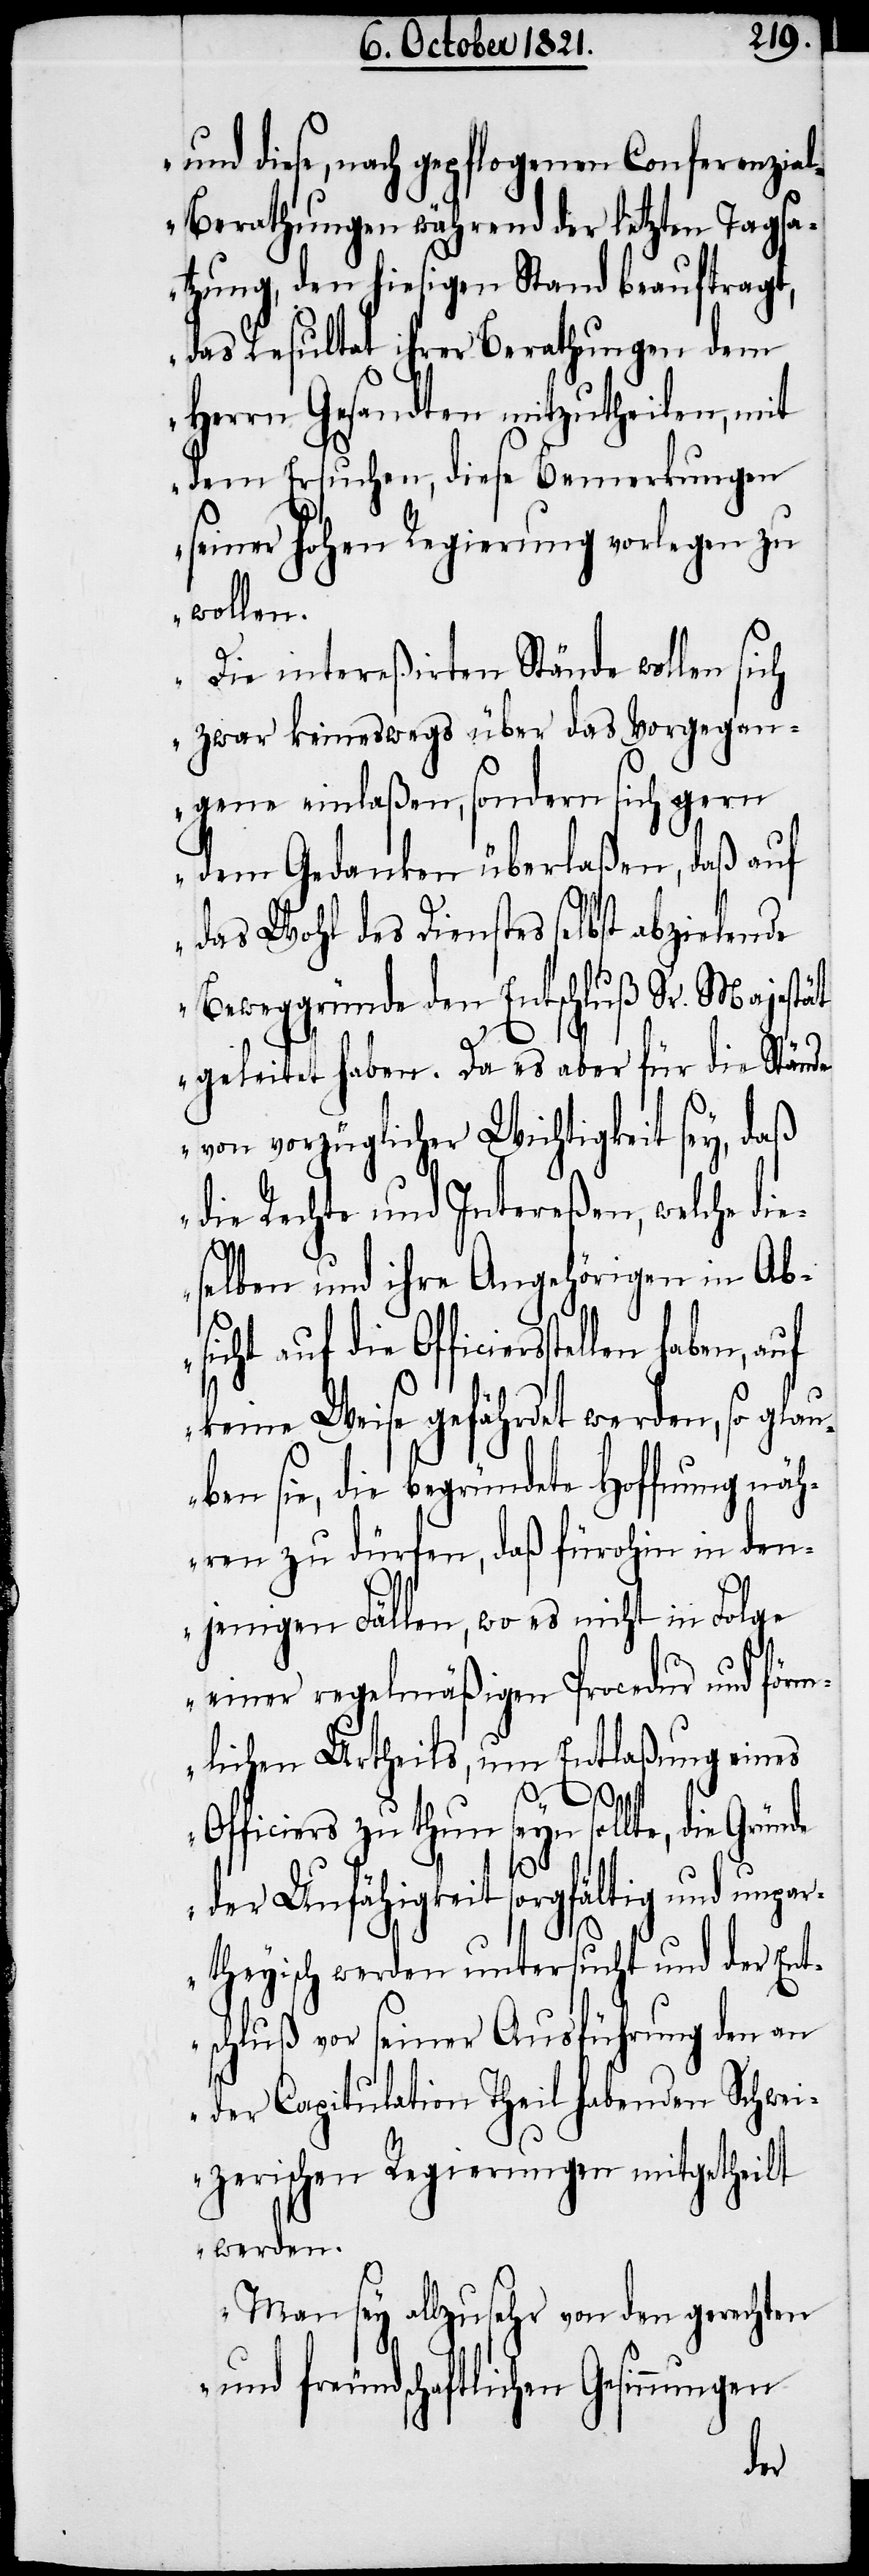
und diese, nach gepflogenen Conferenzia¬
l-Berathungen während der letzten Tagsa¬
tzung, den hiesigen Stand beauftragt,
das Resultat ihrer Berathungen dem
Herrn Gesandten mitzutheilen, mit
dem Ersuchen, diese Bemerkungen
seiner hohen Regierung vorlegen zu
wollen.
Die intereßirten Stände wollen sich
zwar keineswegs über das Vorgegan¬
gene einlaßen, sondern sich gern
dem Gedanken überlaßen, daß auf
des Wohl des Dienstes selbst abzielende
Beweggründe dem Entschluß Sr. Majestät
geleitet haben. Da es aber für die Stände
von vorzüglicher Wichtigkeit sey, daß
die Rechte und Intereßen, welche die¬
selben und ihre Angehörigen in Ab¬
sicht auf die Officiersstellen ha¬
ben sie, die begründete Hoffnung näh¬
ren zu dürfen, daß fürohin in den¬
jenigen Fällen, wo es nicht in Folge
einer regelmäßigen Procedur und förm¬
lichen Urtheils, um Entlaßung eines
so glau¬
Officiers zu thun seyn sollte, die Gründe
der Unfähigkeit sorgfältig und unpa¬
rtheyisch werden untersucht und der Ent¬
schluß vor seiner Ausführung den an
der Capitulation Theil habenden Schwei¬
zerischen Regierungen mitgetheilt
werden.
Man sey allzusehr von den gerechten
und freundschaftlichen Gesinnungen
ben,